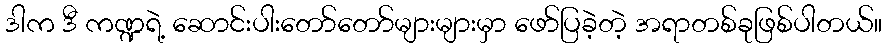
ဒါက ဒီ ကဏ္ဍရဲ့ ဆောင်းပါးတော်တော်များများမှာ ဖော်ပြခဲ့တဲ့ အရာတစ်ခုဖြစ်ပါတယ်။